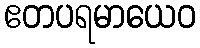
ဧတပရမာယေဝ